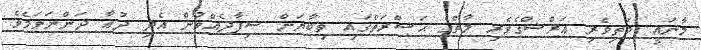
މާނައީ: މަތިވެރި ޢަރްޝްގެވެރި މާތްގެ ޙަޟްރަތްގައި ތިބާޔަށް ޝިފާދެއްވުން އެދި ދުޢާ ދަންނަވަމެވެ.